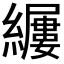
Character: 𫄎